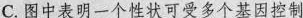
C.图中表明一个性状可受多个基因控制